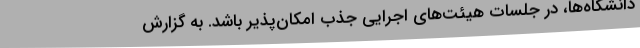
دانشگاه‌ها، در جلسات هیئت‌های اجرایی جذب امکان‌پذیر باشد. به گزارش